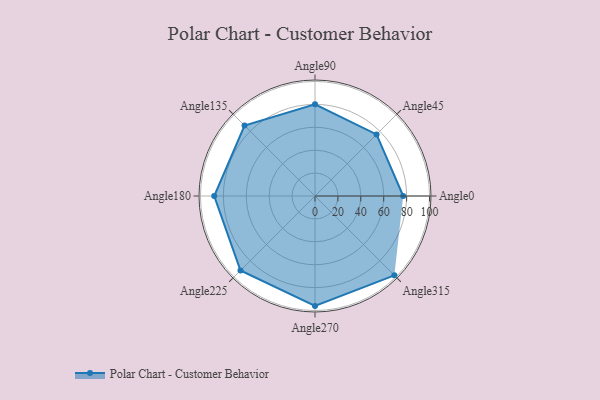
{"axis": {"x": "Angle", "y": "Radius"}, "legend": [""], "data": [{"x": "Angle0", "y": 77.0, "type": ""}, {"x": "Angle45", "y": 76.0, "type": ""}, {"x": "Angle90", "y": 80.0, "type": ""}, {"x": "Angle135", "y": 87.0, "type": ""}, {"x": "Angle180", "y": 88.0, "type": ""}, {"x": "Angle225", "y": 92.0, "type": ""}, {"x": "Angle270", "y": 96.0, "type": ""}, {"x": "Angle315", "y": 98.0, "type": ""}]}